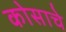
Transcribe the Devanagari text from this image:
कोसाचे